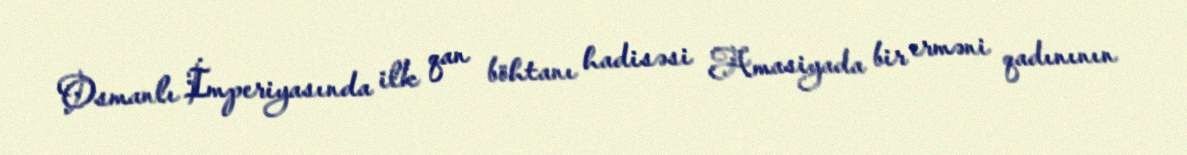
Osmanlı İmperiyasında ilk qan böhtanı hadisəsi Amasiyada bir erməni qadınının